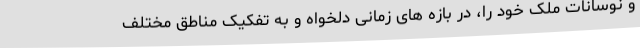
و نوسانات ملک خود را، در بازه های زمانی دلخواه و به تفکیک مناطق مختلف